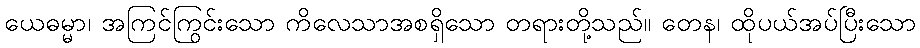
ယေဓမ္မာ၊ အကြင်ကြွင်းသော ကိလေသာအစရှိသော တရားတို့သည်။ တေန၊ ထိုပယ်အပ်ပြီးသော